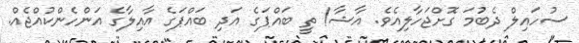
ސުހައިލް ދެބުމަ ގޮށްޖަހާލިއެވެ. އާޝާ! ތީ ބައްޕަގެ އަދި ބައްޕަގެ އާއިލާގެ އަންހެންކުއްޖެއް.